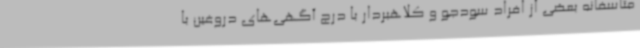
متاسفانه بعضی از افراد سودجو و کلاهبردار با درج آگهی‌های دروغین با